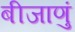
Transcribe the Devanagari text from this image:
बीजाणुं